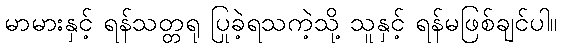
မာမားနှင့် ရန်သတ္တရု ပြုခဲ့ရသကဲ့သို့ သူနှင့် ရန်မဖြစ်ချင်ပါ။